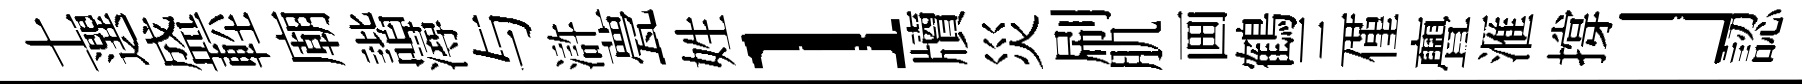
土選盛䡖廟諧潯与滸甍姓l牘災刷肌画鶴三僅亹滙撐」認